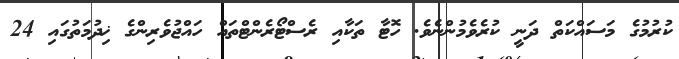
ކުރުމުގެ މަސައްކަތް ދަނީ ކުރެވެމުންނެވެ. ހޮޓާ ތަކާއި ރެސްޓޯރެންޓްތައް ހައްޖުވެރިންގެ ޚިދުމަތުގައި 24